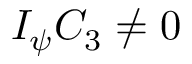
I _ { \psi } C _ { 3 } \ne 0